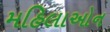
મહિલાઓન